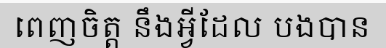
ពេញចិត្ត នឹងអ្វីដែល បងបាន